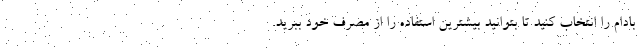
بادام را انتخاب کنید تا بتوانید بیشترین استفاده را از مصرف خود ببرید.